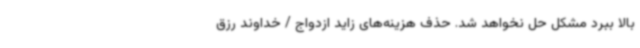
بالا ببرد مشکل حل نخواهد شد. حذف هزینه‌های زاید ازدواج / خداوند رزق